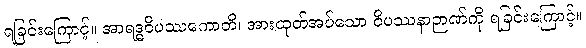
ရခြင်းကြောင့်။ အာရဒ္ဓဝိပဿကောတိ၊ အားထုတ်အပ်သော ဝိပဿနာဉာဏ်ကို ရခြင်းကြောင့်။